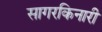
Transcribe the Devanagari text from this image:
सागरकिनारी